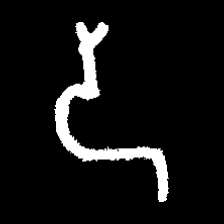
Pyu character \u2014 Myanmar letter: ဒ (romanized: da)